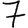
Digit: 7